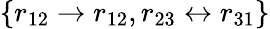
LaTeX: \{ r_{12}\rightarrow r_{12},r_{23}\leftrightarrow r_{31}\}